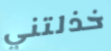
خذلتني